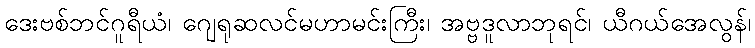
ဒေးဗစ်ဘင်ဂူရီယံ၊ ဂျေရုဆလင်မဟာမင်းကြီး၊ အဗ္ဗဒူလာဘုရင်၊ ယီဂယ်အေလွန်၊